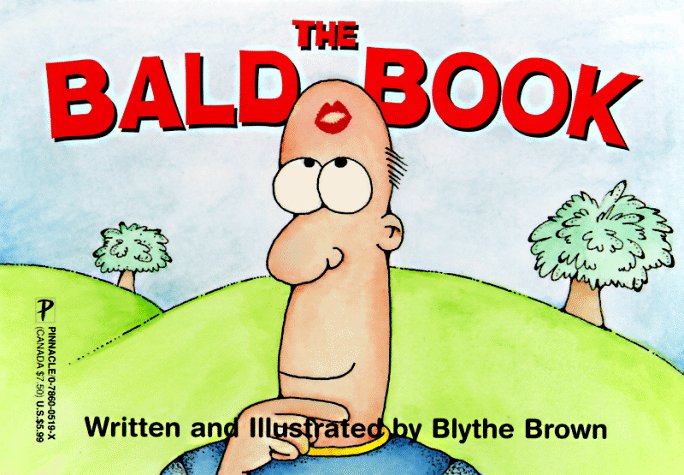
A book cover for The Bald Book; Blythe Brown; Health, Fitness & Dieting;